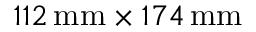
1 1 2 { \, \mathrm { m m } } \times 1 7 4 { \, \mathrm { m m } }